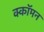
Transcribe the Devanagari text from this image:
क्कॉमन